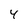
Character: 4